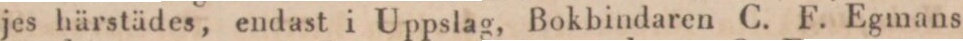
jes härstädes, endast i Uppslag, Bokbindaren C. F. Egmans